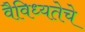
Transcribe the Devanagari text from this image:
वैविध्यतेचे